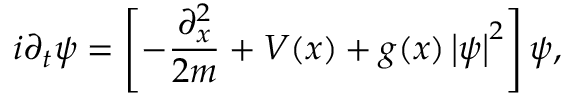
i \partial _ { t } \psi = \left[ - \frac { \partial _ { x } ^ { 2 } } { 2 m } + V ( x ) + g ( x ) \left| \psi \right| ^ { 2 } \right] \psi ,